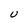
Character: U